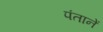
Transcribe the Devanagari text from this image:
पंतानें